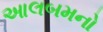
આલબમનો